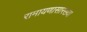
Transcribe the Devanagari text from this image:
रामायणासारख्या